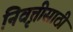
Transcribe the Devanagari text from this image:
निवृत्तीसाठी